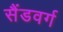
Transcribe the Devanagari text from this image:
सैंडवर्ग